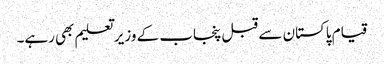
قیام پاکستان سے قبل پنجاب کے وزیر تعلیم بھی رہے۔